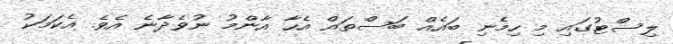
ލިސްޓުގައި މި ހިމެނި ބައެއް ބަސްތައް އެހާ އާންމު ނުވެދާނެ އެވެ. އެކަމަކު